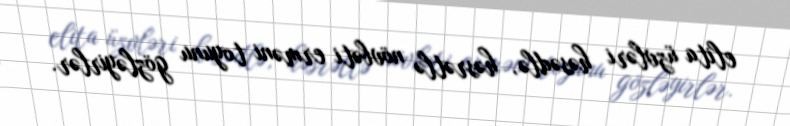
elita üzvləri həsədlə, həsrətlə növbəti erməni toyunu gözləyirlər.